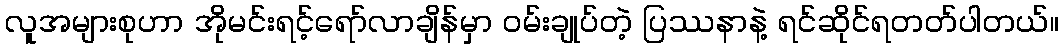
လူအများစုဟာ အိုမင်းရင့်ရော်လာချိန်မှာ ဝမ်းချုပ်တဲ့ ပြဿနာနဲ့ ရင်ဆိုင်ရတတ်ပါတယ်။